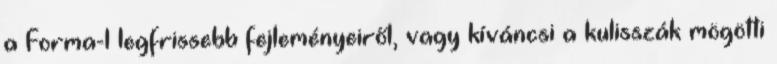
a Forma-1 legfrissebb fejleményeiről, vagy kíváncsi a kulisszák mögötti